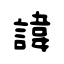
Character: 諱